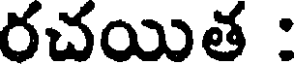
రచయిత :